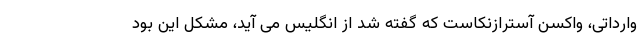
وارداتی، واکسن آسترازنکاست که گفته شد از انگلیس می آید، مشکل این بود